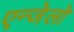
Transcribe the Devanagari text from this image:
एन्जेलो